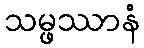
သမ္ဖဿာနံ